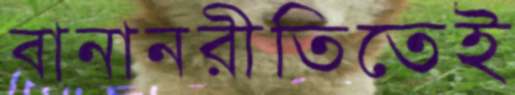
বানানরীতিতেই